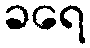
ခရေ